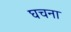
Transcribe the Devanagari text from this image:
घचना